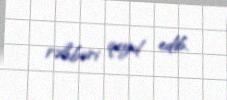
rəhbəri qeyd edib.